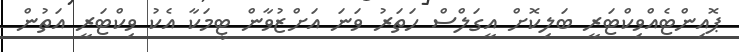
ޕޮއިންޓެއްވިކްޓަރީ ބަލިކޮށް އީގަލްސް ހަތަރު ވަނަ އަށްޒުވާން ޓީމަކާ އެކު ވިކްޓަރީ އަތުން